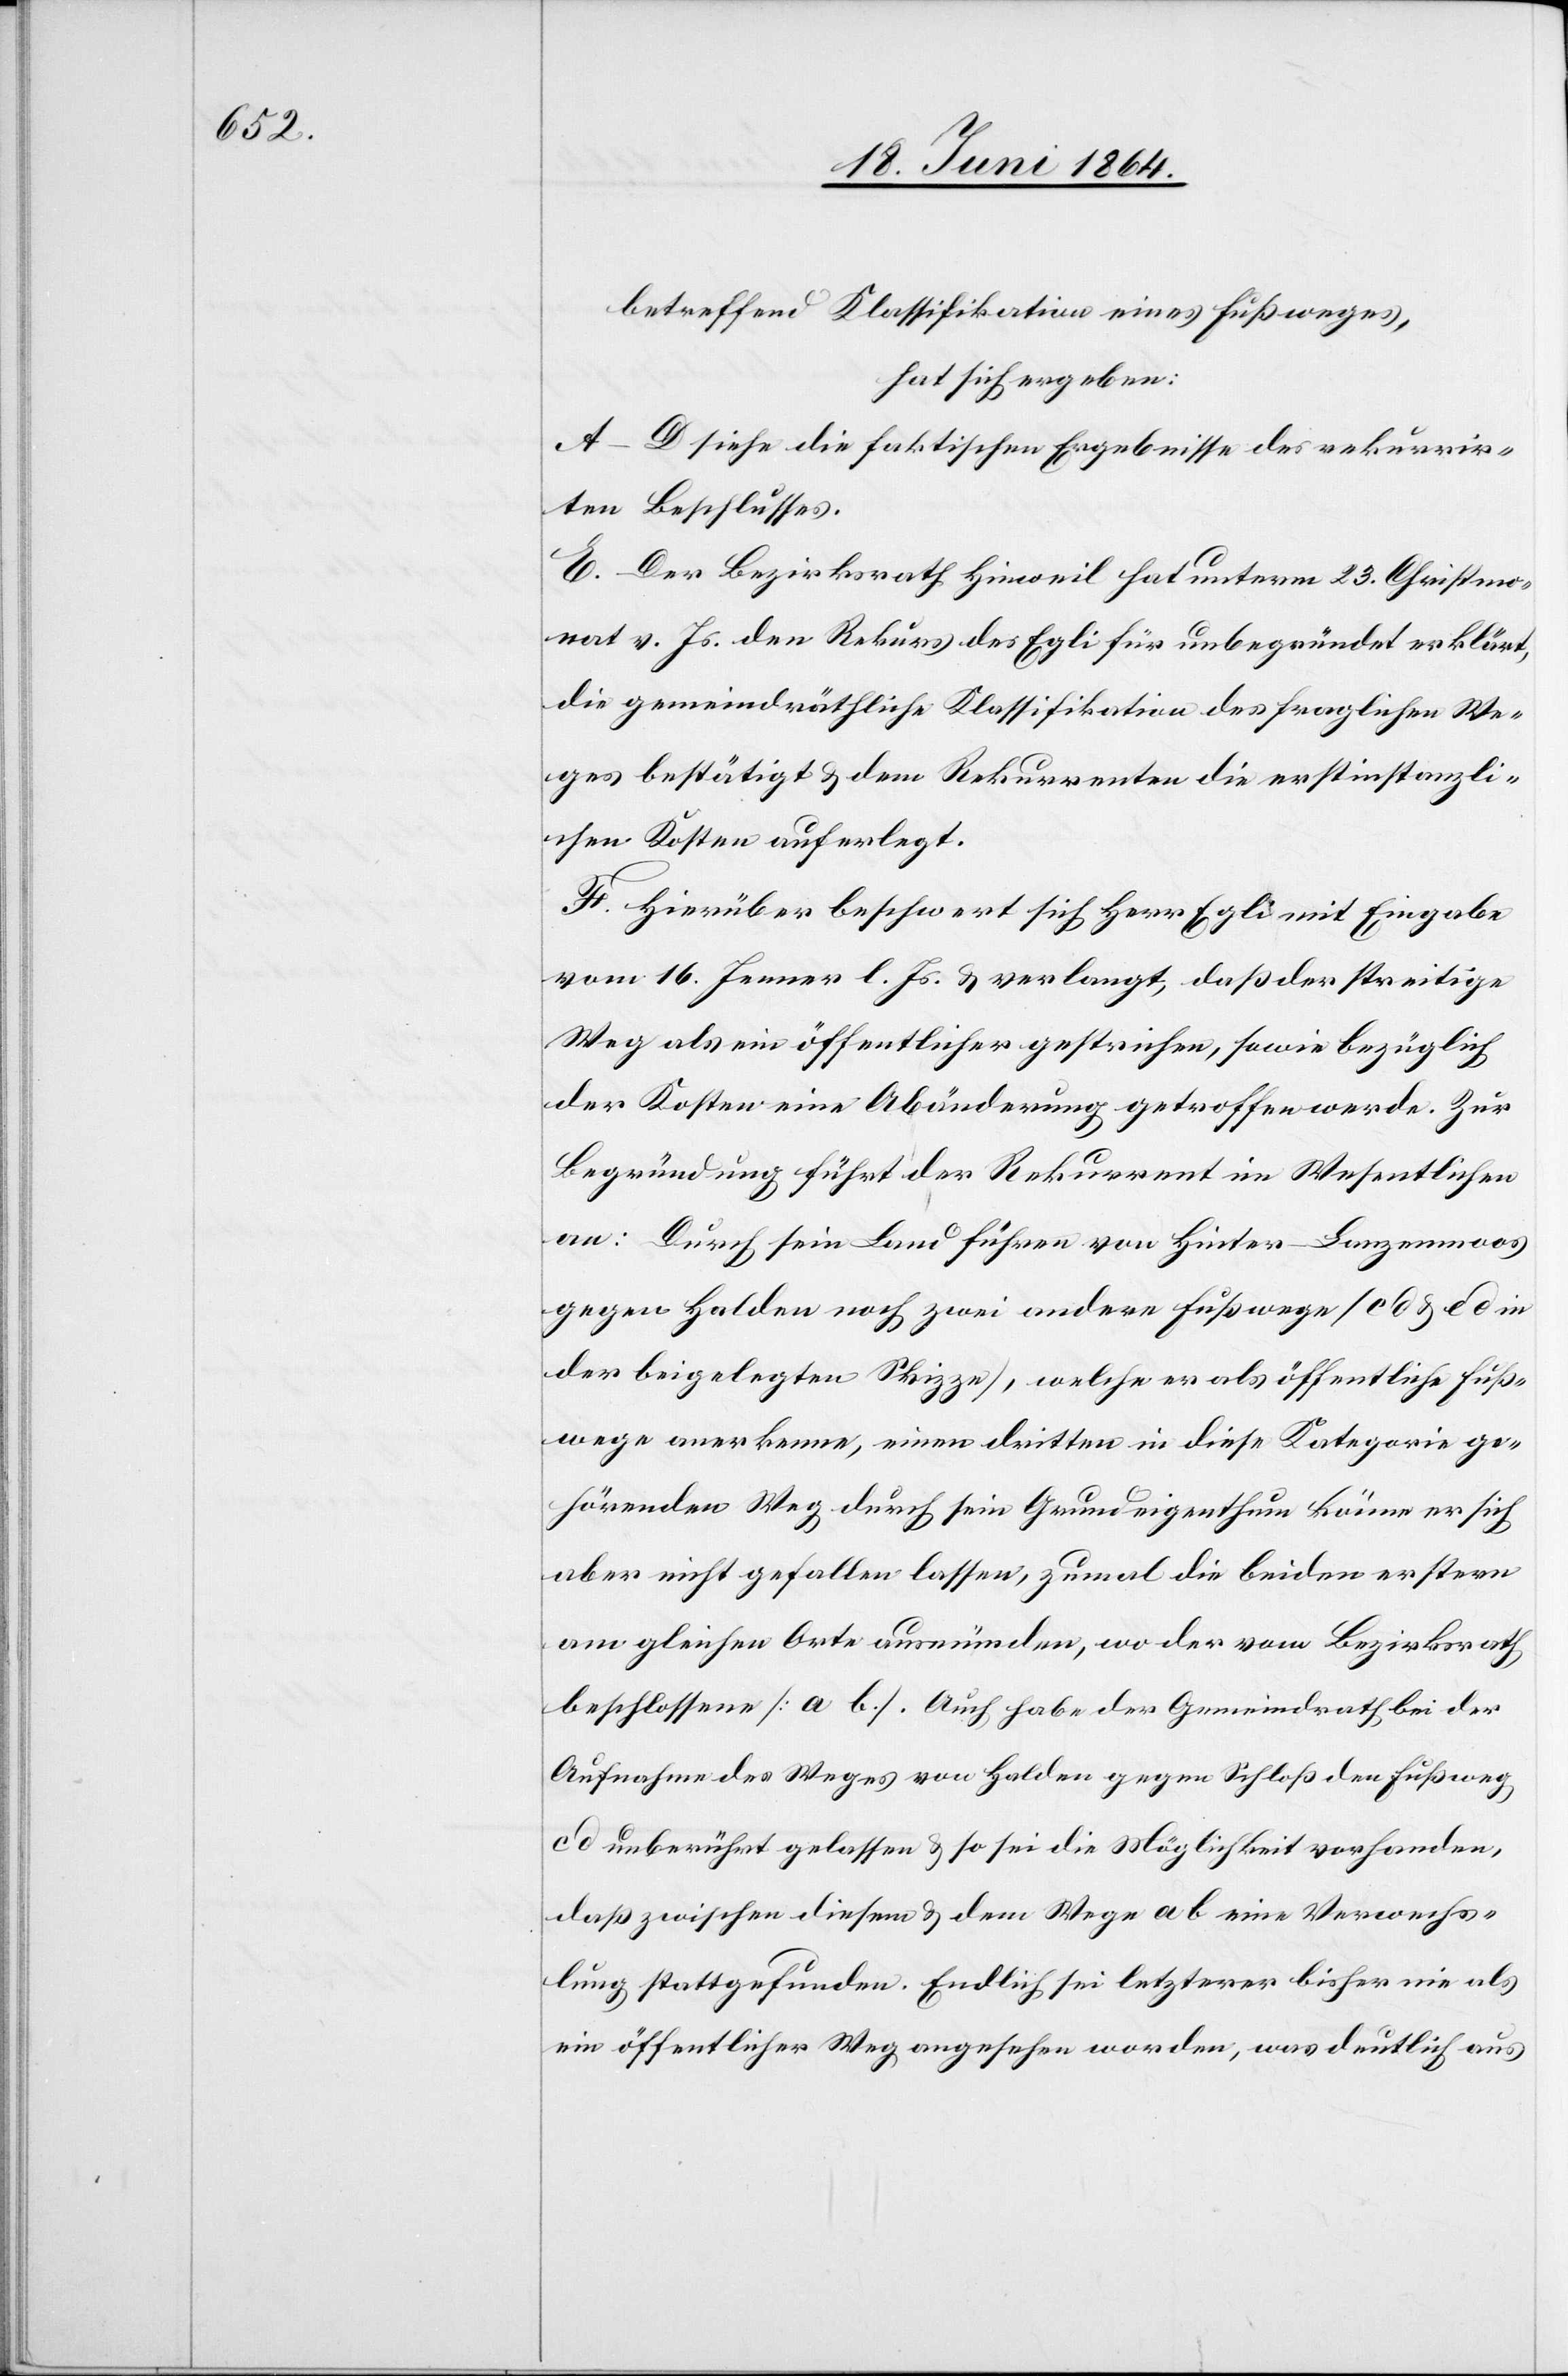
betreffend Klassifikation eines Fußweges,
hat sich ergeben:
A–D siehe die faktischen Ergebnisse des rekurrir¬
ten Beschlusses.
E. Der Bezirksrath Hinweil hat unterm 23. Christmo¬
nat v. Js. den Rekurs des Egli für unbegründet erklärt,
die gemeindräthliche Klassifikation des fraglichen We¬
ges bestätigt u. dem Rekurrenten die erstinstanzli¬
chen Kosten auferlegt.
F. Hierüber beschwert sich Herr Egli mit Eingabe
vom 16. Jenner l. Js. u. verlangt, daß der streitige
Weg als ein öffentlicher gestrichen, sowie bezüglich
der Kosten eine Abänderung getroffen werde. Zur
Begründung führt der Rekurrent im Wesentlichen
an: Durch sein Land führen von Hinter-Lanzenmoos
gegen Halden noch zwei andere Fußwege (cd u. ed in
der beigelegten Skizze), welche er als öffentliche Fuß¬
wege anerkenne, einen dritten in diese Kategorie ge¬
hörenden Weg durch sein Grundeigenthum könne er sich
aber nicht gefallen lassen, zumal die beiden erstern
am gleichen Orte ausmünden, wo der vom Bezirksrath
beschlossene [ab]. auch habe der Gemeindrath bei der
Aufnahme des Weges von Halden gegen Schloße den Fußweg
cd unberührt gelassen u. so sei die Möglichkeit vorhanden,
daß zwischen diesem u. dem Wege ab eine Verwechs¬
lung stattgefunden. Endlich sei letzterer bisher nie als
ein öffentlicher Weg angesehen worden, was deutlich aus